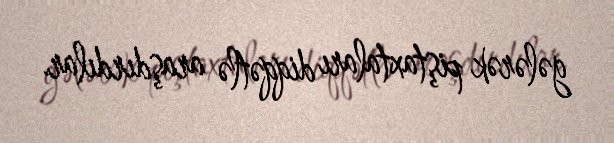
gələrək piştaxtaları diqqətlə araşdırdılar.